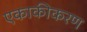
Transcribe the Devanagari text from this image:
एकाकीकरण